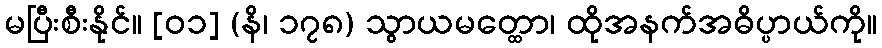
မပြီးစီးနိုင်။ [၀၁] (နိ၊ ၁၇၈) သွာယမတ္ထော၊ ထိုအနက်အဓိပ္ပာယ်ကို။